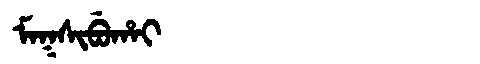
Manchu: ᠮᠠᡴᠰᡳᠪᡠᡥᠠᡳ
Romanization: MAKSIBUHAI